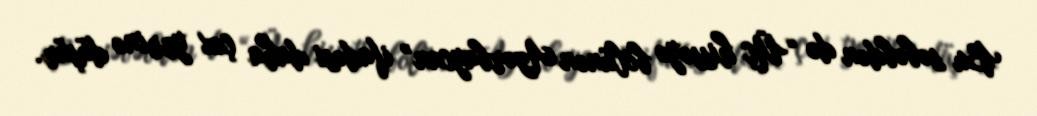
Bu səbəbdən də “Üç hissəyə bölünən Azərbaycan” ifadəsi daha çox yerinə düşür.